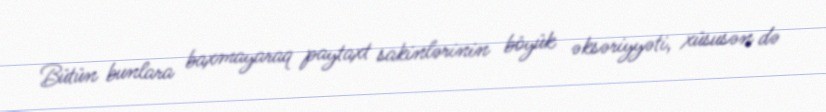
Bütün bunlara baxmayaraq paytaxt sakinlərinin böyük əksəriyyəti, xüsusən də